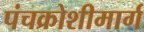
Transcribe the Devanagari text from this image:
पंचक्रोशीमार्ग